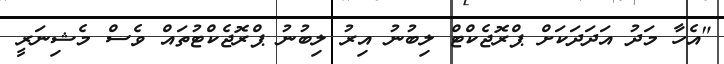
"އެހާ މަދު އަދަދަކަށް ޕްރޮޖެކްޓް ލިބުނު އިރު ލިބުނު ޕްރޮޖެކްޓުތައް ވެސް މެޝިނަރީ